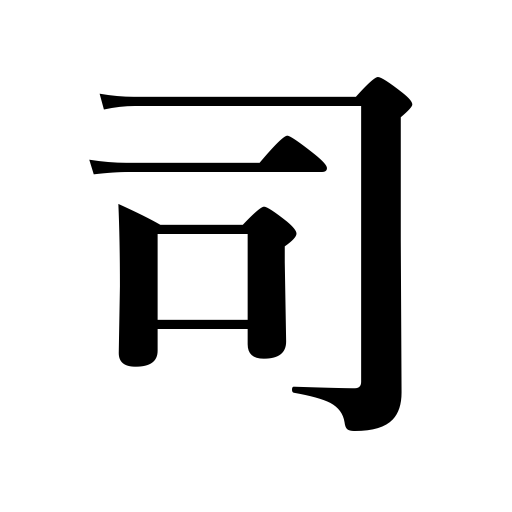
Meanings: government office,official